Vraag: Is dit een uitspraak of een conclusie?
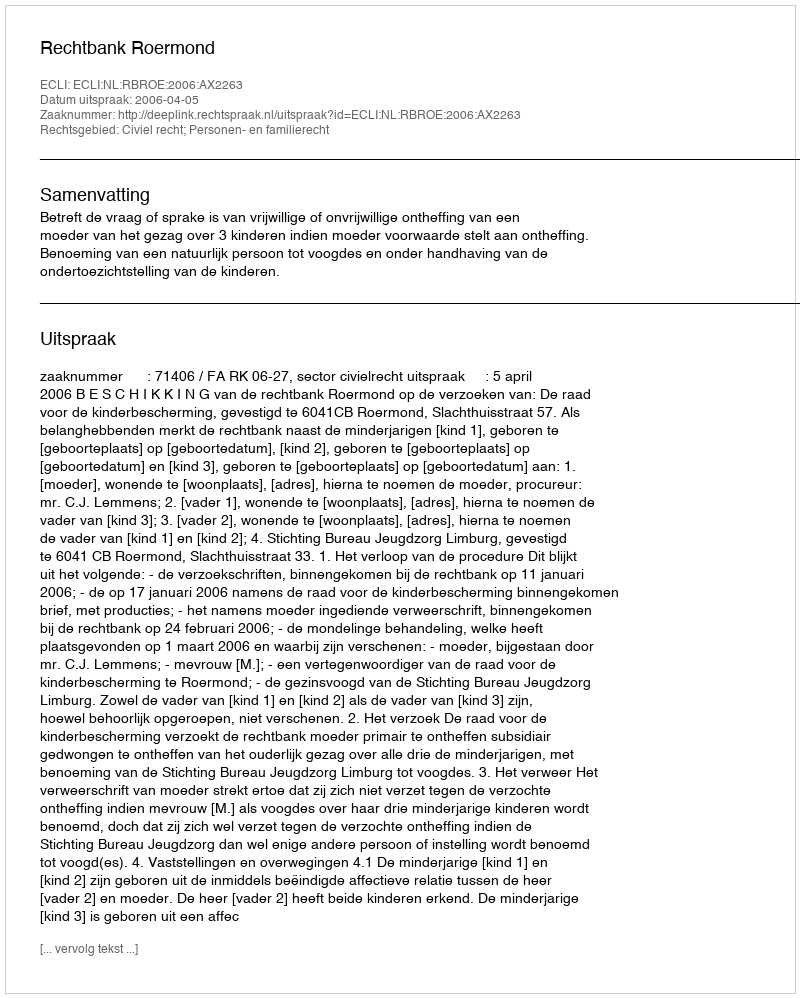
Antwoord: Uitspraak